Civil Veterinary Department. Madras. Admin. report 1926-33 - 1926-1933
Year: 1926
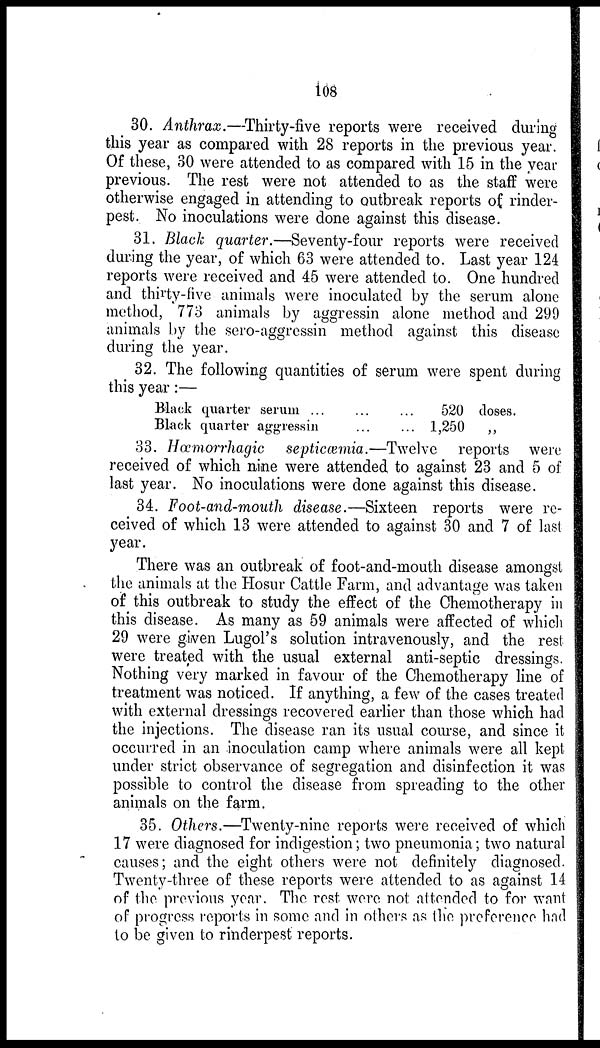
108
30. Anthrax.—Thirty-five reports were received during
this year as compared with 28 reports in the previous year.
Of these, 30 were attended to as compared with 15 in the year
previous. The rest were not attended to as the staff were
otherwise engaged in attending to outbreak reports of rinder-
pest. No inoculations were done against this disease.
31. Black quarter.—Seventy-four reports were received
during the year, of which 63 were attended to. Last year 124
reports were received and 45 were attended to. One hundred
and thirty-five animals were inoculated by the serum alone
method, 773 animals by aggressin alone method and 299
animals by the sero-aggressin method against this disease
during the year.
32. The following quantities of serum were spent during
this year:—
Black quarter serum ... ...
Black quarter aggressin ...
520 doses.
1,250
„
33. Hæmorrhagic septicæmia.—Twelve
reports were
received of which nine were attended to against 23 and 5 of
last year. No inoculations were done against this disease.
34. Foot-and-mouth disease.—Sixteen reports were re-
ceived of which 13 were attended to against 30 and 7 of last
year.
There was an outbreak of foot-and-mouth disease amongst
the animals at the Hosur Cattle Farm, and advantage was taken
of this outbreak to study the effect of the Chemotherapy in
this disease. As many as 59 animals were affected of which
29 were given Lugol's solution intravenously, and the rest
were treated with the usual external anti-septic dressings.
Nothing very marked in favour of the Chemotherapy line of
treatment was noticed. If anything, a few of the cases treated
with external dressings recovered earlier than those which had
the injections. The disease ran its usual course, and since it
occurred in an inoculation camp where animals were all kept
under strict observance of segregation and disinfection it was
possible to control the disease from spreading to the other
animals on the farm.
35. Others.—Twenty-nine reports were received of which
17 were diagnosed for indigestion; two pneumonia; two natural
causes; and the eight others were not definitely diagnosed.
Twenty-three of these reports were attended to as against 14
of the previous year. The rest were not attended to for want
of progress reports in some and in others as the preference had
to be given to rinderpest reports.